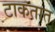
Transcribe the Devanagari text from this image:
टाकतात्